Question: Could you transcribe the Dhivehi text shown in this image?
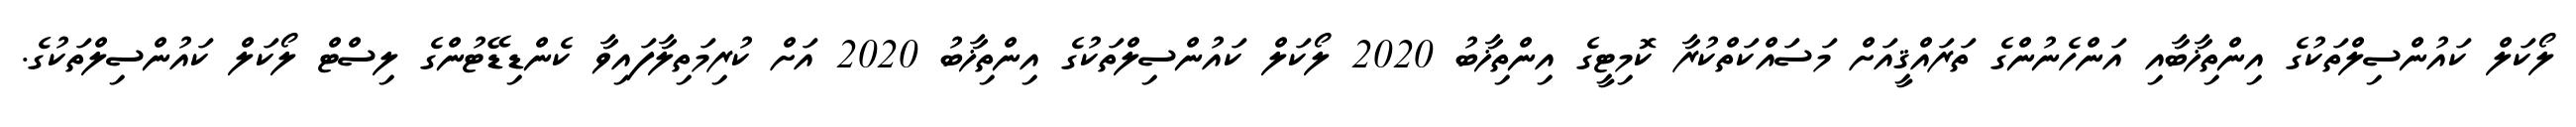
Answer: ލޯކަލް ކައުންސިލްތަކުގެ އިންތިޚާބާއި އަންހެނުންގެ ތަރައްޤީއަށް މަސައްކަތްކުރާ ކޮމިޓީގެ އިންތިޚާބު 2020 ލޯކަލް ކައުންސިލްތަކުގެ އިންތިޚާބު 2020 އަށް ކުރިމަތިލާފައިވާ ކެންޑިޑޭޓުންގެ ލިސްޓް ލޯކަލް ކައުންސިލްތަކުގެ.